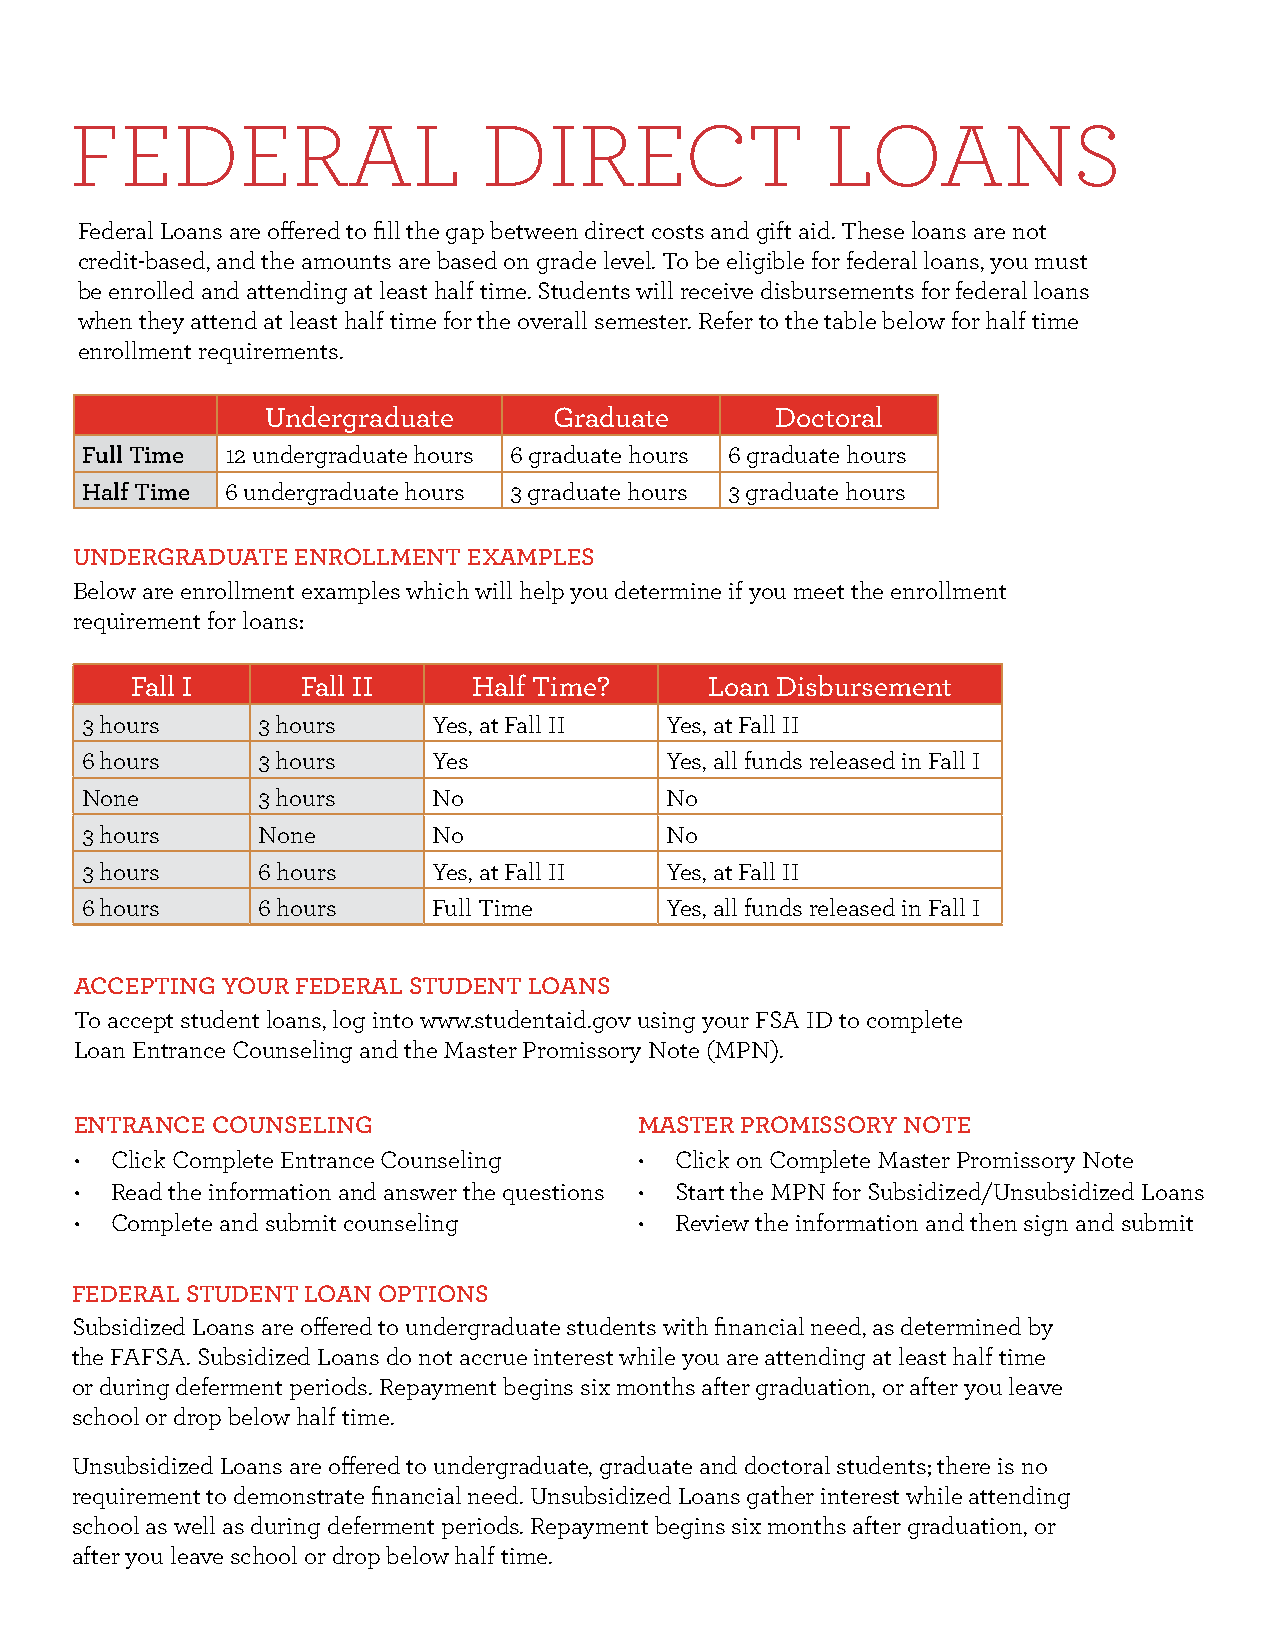
FEDERAL                    DIRECT                 LOANS
 Federal Loans are offered to fill the gap between direct costs and gift aid. These loans are not
 credit-based, and the amounts are based on grade level. To be eligible for federal loans, you must
 be enrolled and attending at least half time. Students will receive disbursements for federal loans
 when they attend at least half time for the overall semester. Refer to the table below for half time
 enrollment requirements.
 Undergraduate      Graduate      Doctoral
 Full Time 12 undergraduate hours 6 graduate hours 6 graduate hours
 Half Time 6 undergraduate hours 3 graduate hours 3 graduate hours
 UNDERGRADUATE  ENROLLMENT EXAMPLES
 Below are enrollment examples which will help you determine if you meet the enrollment
 requirement for loans:
 Fall I     Fall II    Half Time?      Loan Disbursement
 3 hours     3 hours     Yes, at Fall II Yes, at Fall II
 6 hours     3 hours     Yes            Yes, all funds released in Fall I
 None        3 hours     No             No
 3 hours     None        No             No
 3 hours     6 hours     Yes, at Fall II Yes, at Fall II
 6 hours     6 hours     Full Time      Yes, all funds released in Fall I
 ACCEPTING YOUR FEDERAL STUDENT LOANS
 To accept student loans, log into www.studentaid.gov using your FSA ID to complete
 Loan Entrance Counseling and the Master Promissory Note (MPN).
 ENTRANCE COUNSELING                  MASTER PROMISSORY NOTE
 • Click Complete Entrance Counseling •  Click on Complete Master Promissory Note
 • Read the information and answer the questions • Start the MPN for Subsidized/Unsubsidized Loans
 • Complete and submit counseling     •  Review the information and then sign and submit
 FEDERAL STUDENT LOAN OPTIONS
 Subsidized Loans are offered to undergraduate students with financial need, as determined by
 the FAFSA. Subsidized Loans do not accrue interest while you are attending at least half time
 or during deferment periods. Repayment begins six months after graduation, or after you leave
 school or drop below half time.
 Unsubsidized Loans are offered to undergraduate, graduate and doctoral students; there is no
 requirement to demonstrate financial need. Unsubsidized Loans gather interest while attending
 school as well as during deferment periods. Repayment begins six months after graduation, or
 after you leave school or drop below half time.